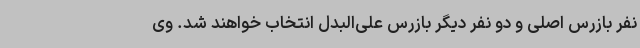
نفر بازرس اصلی و دو نفر دیگر بازرس علی‌البدل انتخاب خواهند شد. وی